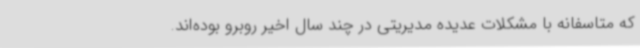
که متاسفانه با مشکلات عدیده مدیریتی در چند سال اخیر روبرو بوده‌اند.